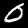
Label: 0